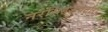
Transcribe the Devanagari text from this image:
नरसिंहअवतार